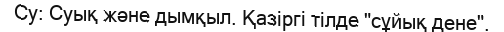
Су: Суық және дымқыл. Қазіргі тілде "сұйық дене".